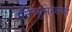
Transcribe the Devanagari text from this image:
मॅसेच्युसेट्सची